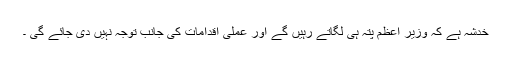
خدشہ ہے کہ وزیر اعظم پتہ ہی لگاتے رہیں گے اور عملی اقدامات کی جانب توجہ نہیں دی جائے گی ۔